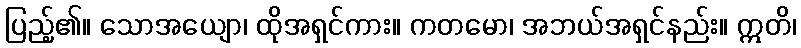
ပြည့်၏။ သောအယျော၊ ထိုအရှင်ကား။ ကတမော၊ အဘယ်အရှင်နည်း။ ဣတိ၊